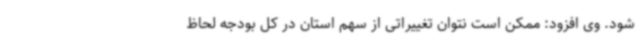
شود. وی افزود: ممکن است نتوان تغییراتی از سهم استان در کل بودجه لحاظ